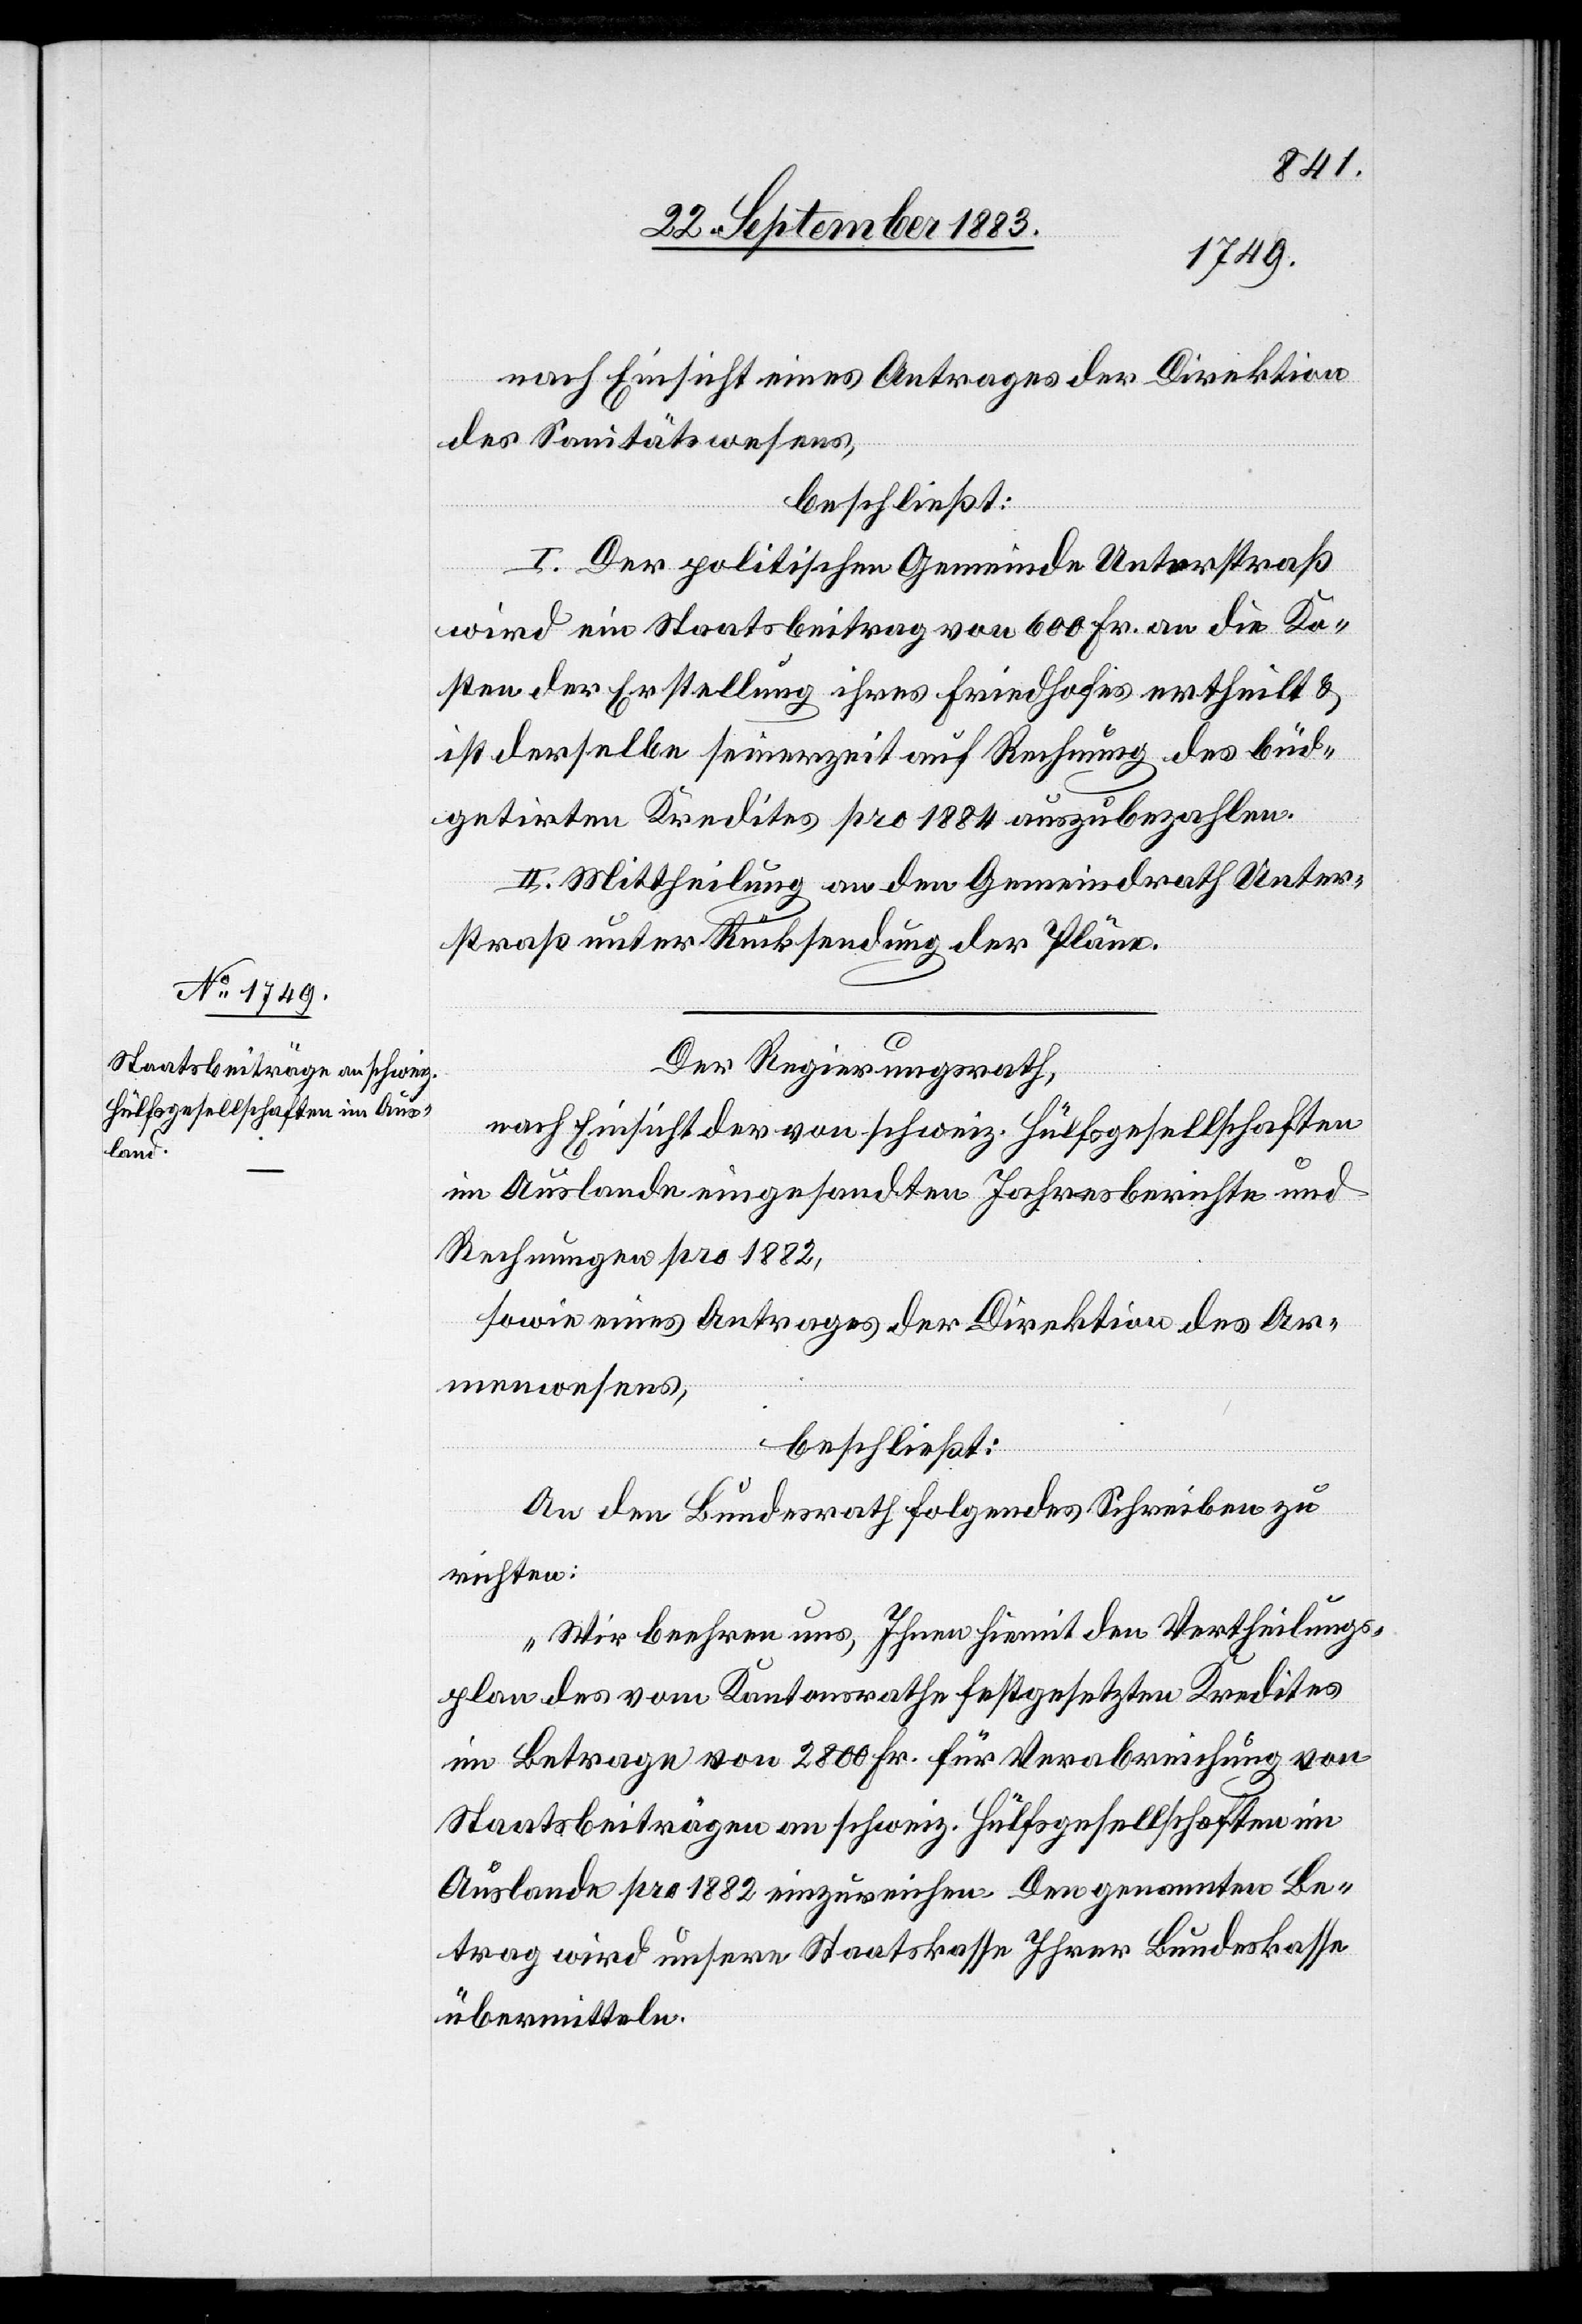
nach Einsicht eines Antrages der Direktion
des Sanitätswesens,
beschließt:
I. Der politischen Gemeinde Unterstraß
wird ein Staatsbeitrag von 600 Fr. an die Ko¬
sten der Erstellung ihres Friedhofes ertheilt &
ist derselbe seinerzeit auf Rechnung des büd¬
getirten Kredites pro 1884 auszubezahlen.
II. Mittheilung an den Gemeindrath Unter¬
straß unter Rücksendung der Pläne.
Der Regierungsrath,
nach Einsicht der von schweiz. Hülfsgesellschaften
im Auslande eingesandten Jahresberichte und
Rechnungen pro 1882,
sowie eines Antrages der Direktion des Ar¬
menwesens,
beschließt:
An den Bundesrath folgendes Schreiben zu
richten:
„Wir beehren uns, Ihnen hiemit den Vertheilungs¬
plan des vom Kantonsrathe festgesetzten Kredites
im Betrage von 2800 Fr. für Verabreichung von
Staatsbeiträgen an schweiz. Hülfsgesellschaften im
Auslande pro 1882 einzureichen. Den genannten Be¬
trag wird unsere Staatskasse Ihrer Bundeskasse
übermitteln.